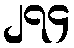
၂၇၄